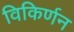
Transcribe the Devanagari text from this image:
विकिर्णन